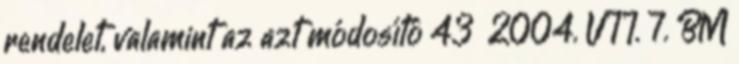
rendelet, valamint az azt módosító 43 2004. VII. 7. BM